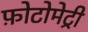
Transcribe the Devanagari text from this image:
फ़ोटोमेट्री